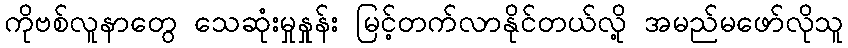
ကိုဗစ်လူနာတွေ သေဆုံးမှုနှုန်း မြင့်တက်လာနိုင်တယ်လို့ အမည်မဖော်လိုသူ